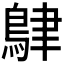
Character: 𪀴